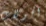
الجولات